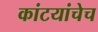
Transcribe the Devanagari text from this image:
कांटयांचेच